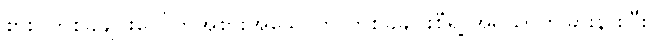
စားပွဲတစ်ခုချင်းပေါ်ကအစားအသောက် တစ်ခုချင်းစီရဲ့ အရသာကခြားနားပြီး